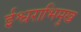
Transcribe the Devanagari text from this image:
ईश्वराभिमुख